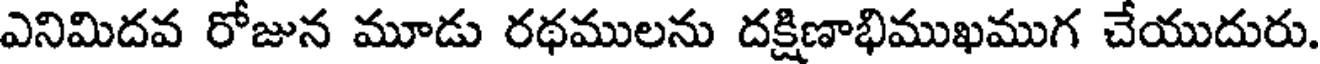
ఎనిమిదవ రోజున మూడు రథములను దక్షిణాభిముఖముగ చేయుదురు.